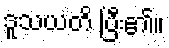
ဒူသယတိ ပြီး၏။